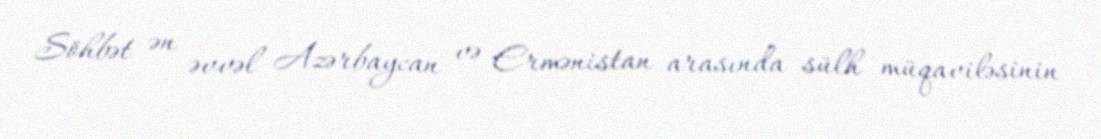
Söhbət ən əvvəl Azərbaycan və Ermənistan arasında sülh müqaviləsinin